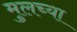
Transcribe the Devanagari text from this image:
मुलच्या